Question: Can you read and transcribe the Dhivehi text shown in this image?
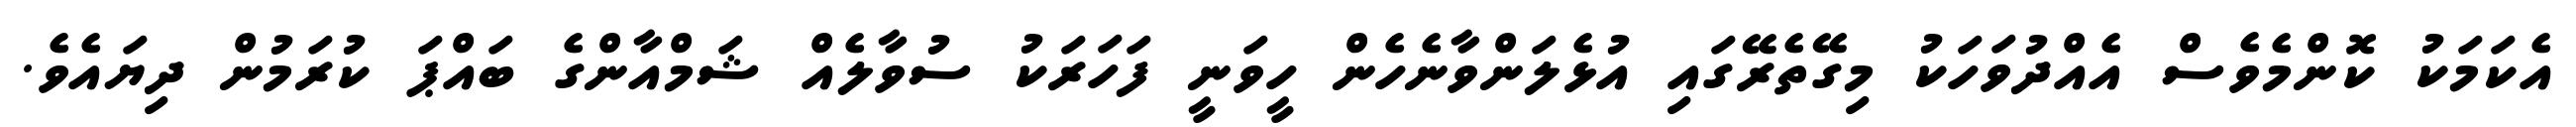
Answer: އެކަމަކު ކޮންމެވެސް އެއްދުވަހަކު މިގޭތެރޭގައި އުޅެލަންވާނެހެން ހީވަނީ ފަހަރަކު ސުވާލެއް ޝަމްއާންގެ ބައްޕަ ކުރަމުން ދިޔައެވެ.